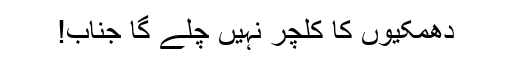
دھمکیوں کا کلچر نہیں چلے گا جناب!